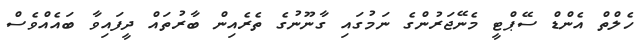
ހެލްތް އެންޑް ސޭޕްޓީ މެނޭޖަރުންގެ ނަމުގައި ގާނޫނުގެ ތެރެއިން ބާރުތައް ދީފައިވާ ބައެއްވެސް